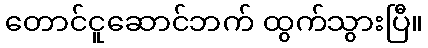
တောင်ငူဆောင်ဘက် ထွက်သွားပြီ။